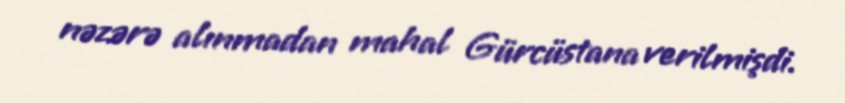
nəzərə alınmadan mahal Gürcüstana verilmişdi.